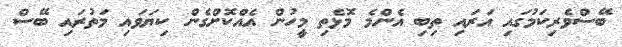
ބޭސްވެރިކަމުގައި އަރައި ތިބި އެންމެ މޮޅެތި މީހުން އެއްކޮށްގެން ކިޔަވައި މަތުރައި ބޭސް